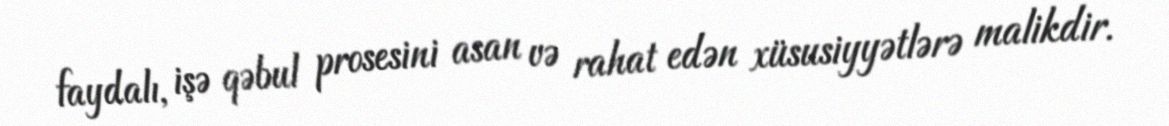
faydalı, işə qəbul prosesini asan və rahat edən xüsusiyyətlərə malikdir.